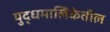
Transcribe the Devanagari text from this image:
युद्धमालिकेतील